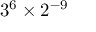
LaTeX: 3 ^ { 6 } \times 2 ^ { - 9 }